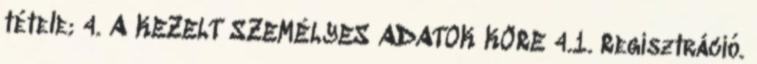
tétele; 4. A KEZELT SZEMÉLYES ADATOK KÖRE 4.1. Regisztráció.